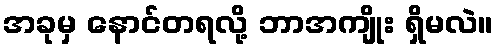
အခုမှ နောင်တရလို့ ဘာအကျိုး ရှိမလဲ။